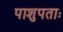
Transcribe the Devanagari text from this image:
पाशुपताः